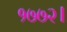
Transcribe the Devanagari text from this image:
१७७२।